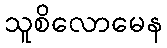
သူစိလောမေန